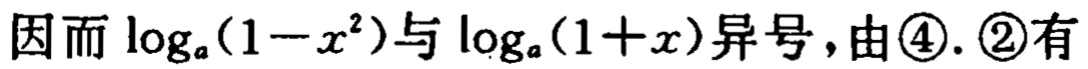
因而\(\log_{a}(1 - x^{2})\)与\(\log_{a}(1 + x)\)异号，由\textcircled{4}. \textcircled{2}有